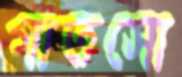
গাতসো